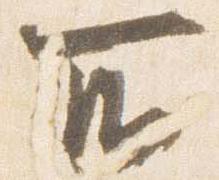
所